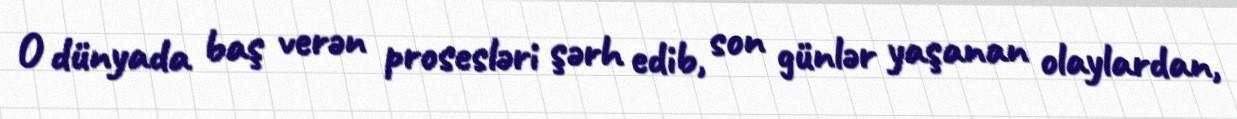
O dünyada baş verən prosesləri şərh edib, son günlər yaşanan olaylardan,